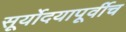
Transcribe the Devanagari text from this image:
सूर्योदयापूर्वीच